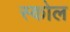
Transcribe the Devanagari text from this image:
स्कोल